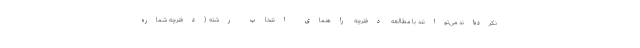
نکرده‌اند می‌توانند با مطالعه دفترچه راهنمای انتخاب رشته (دفترچه شماره